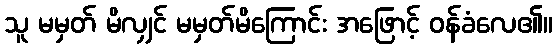
သူ မမှတ် မိလျှင် မမှတ်မိကြောင်း အဖြောင့် ဝန်ခံလေ၏။